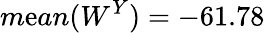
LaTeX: m\mathrm{e}an(W^{Y})=-61.78